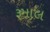
રૂમાલ